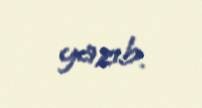
yazıb.